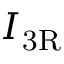
\, I _ { \mathrm { { 3 R } } }